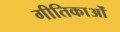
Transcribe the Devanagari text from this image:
गीतिकाओं